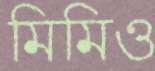
মিমিও